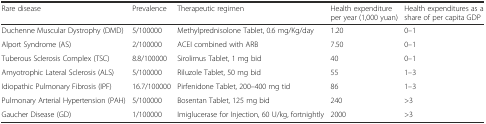
<table><thead><tr><td><b>Rare disease</b></td><td><b>Prevalence</b></td><td><b>Therapeutic regimen</b></td><td><b>Health expenditure per year (1,000 yuan)</b></td><td><b>Health expenditures as a share of per capita GDP</b></td></tr></thead><tbody><tr><td>Duchenne Muscular Dystrophy (DMD)</td><td>5/100000</td><td>Methylprednisolone Tablet, 0.6 mg/Kg/day</td><td>1.20</td><td>0–1</td></tr><tr><td>Alport Syndrome (AS)</td><td>2/100000</td><td>ACEI combined with ARB</td><td>7.50</td><td>0–1</td></tr><tr><td>Tuberous Sclerosis Complex (TSC)</td><td>8.8/100000</td><td>Sirolimus Tablet, 1 mg bid</td><td>40</td><td>0–1</td></tr><tr><td>Amyotrophic Lateral Sclerosis (ALS)</td><td>5/100000</td><td>Riluzole Tablet, 50 mg bid</td><td>55</td><td>1–3</td></tr><tr><td>Idiopathic Pulmonary Fibrosis (IPF)</td><td>16.7/100000</td><td>Pirfenidone Tablet, 200–400 mg tid</td><td>86</td><td>1–3</td></tr><tr><td>Pulmonary Arterial Hypertension (PAH)</td><td>5/100000</td><td>Bosentan Tablet, 125 mg bid</td><td>240</td><td>&gt;3</td></tr><tr><td>Gaucher Disease (GD)</td><td>1/100000</td><td>Imiglucerase for Injection, 60 U/kg, fortnightly</td><td>2000</td><td>&gt;3</td></tr></tbody></table>